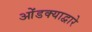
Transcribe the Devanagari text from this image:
ओंडक्याद्वारे